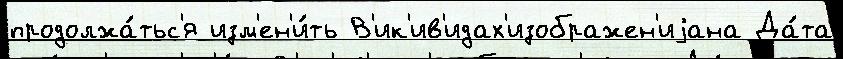
продолжа́тьс'я изм'ен'и́ть В'ик'ив'идах'изображен'иjана Да́та